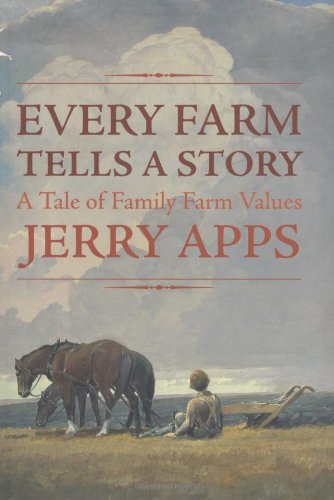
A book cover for Every Farm Tells a Story: A tale of Family Farm Values; Jerold Apps; Humor & Entertainment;